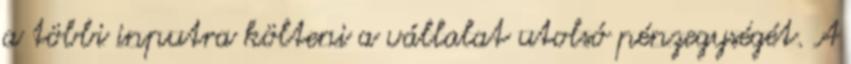
a többi inputra költeni a vállalat utolsó pénzegységét. A